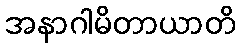
အနာဂါမိတာယာတိ